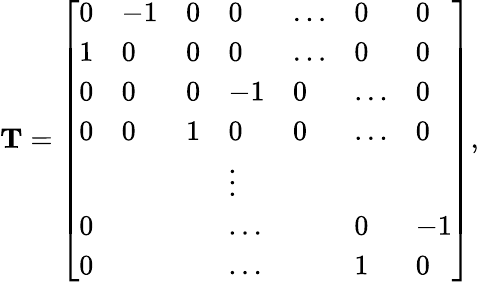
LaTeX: \mathbf T=\left[\begin{array}{lllllll}{0}&{-1}&{0}&{0}&{\dots}&{0}&{0}\\ {1}&{0}&{0}&{0}&{\dots}&{0}&{0}\\ {0}&{0}&{0}&{-1}&{0}&{\dots}&{0}\\ {0}&{0}&{1}&{0}&{0}&{\dots}&{0}\\ &&&{\vdots}\\ {0}&&&{\dots}&&{0}&{-1}\\ {0}&&&{\dots}&&{1}&{0}\end{array}\right],